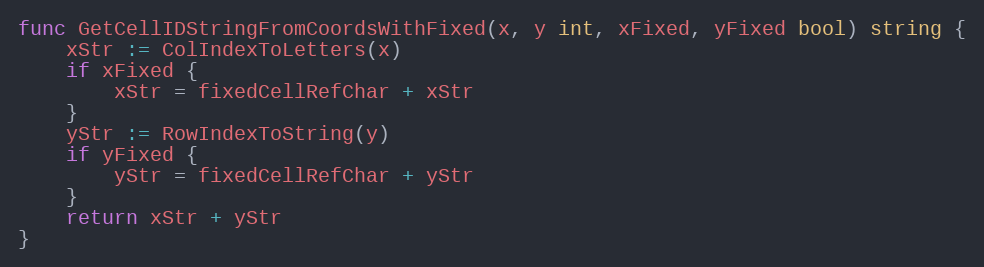
Language: Go
func GetCellIDStringFromCoordsWithFixed(x, y int, xFixed, yFixed bool) string {
	xStr := ColIndexToLetters(x)
	if xFixed {
		xStr = fixedCellRefChar + xStr
	}
	yStr := RowIndexToString(y)
	if yFixed {
		yStr = fixedCellRefChar + yStr
	}
	return xStr + yStr
}